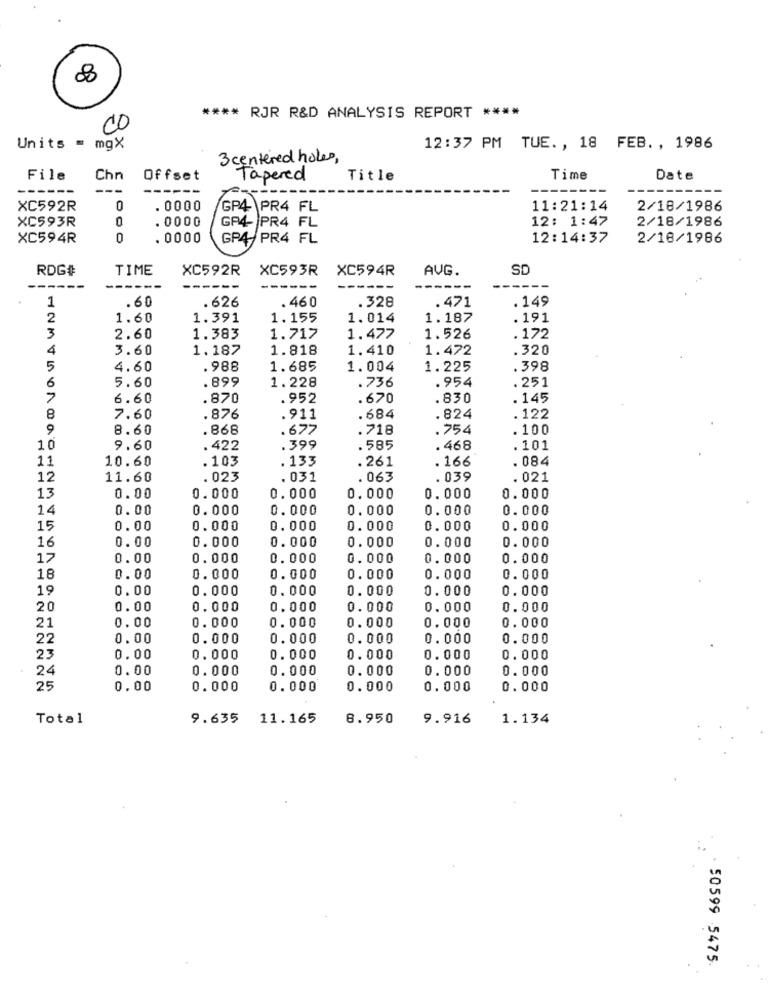
8
**** RJR R&D ANALYSIS REPORT ****
Units = mgX
12:37 PM TUE. , 18 FEB. , 1986
3 centered holes,
File
Chn
Offset
Tapered
Title
Time
Date
------
--
-----
---
XC592R
0
. 0000
GP4 PR4 FL
11:21:14
2/18/1986
XC593R
GP4- PR4 FL
12: 1:47
2/18/1986
. 0000
XC594R
0
. 0000
GP4 PR4 FL
12:14:37
2/18/1986
RDG#
TIME
XC592R
XC593R
XC594R
AVG.
SD
-----
------
------
.60
.626
.460
.328
.471
. 149
1
2
1.60
1.391
1.155
1.014
1.187
.191
3
2.60
1.383
1.717
1.477
1.526
.172
4
3.60
1.187
1.818
1.410
1.472
.320
5
4.60
.988
1.685
1.004
1.225
.398
6
5.60
899
.736
. 954
.251
1.228
6.60
.870
.952
.670
.830
.145
8
7.60
.876
.911
.684
. 824
.122
9
8.60
.868
.677
.718
.754
.100
10
9.60
. 422
.399
585
. 468
. 101
11
10.60
.103
.133
. 261
. 166
. 084
12
11.60
. 023
. 031
. 063
. 039
. 021
13
0.00
0.000
0.000
0.000
0.000
0.000
14
0.00
0.000
0.000
0. 000
0.000
0.000
15
0.00
0.000
0.000
0. 000
0.000
0.000
16
0.00
0.000
0.000
0.000
0.000
0. 000
17
0.00
0.000
0.000
0.000
0.000
0.000
18
0.00
0.000
0.000
0.000
0.000
0.000
19
0.00
0.000
0.000
0. 000
0.000
0.000
20
0.00
0.000
0.000
0.000
0.000
0.000
0.000
0.000
0.000
21
0.00
0.000
0.000
22
0.00
0.000
0.000
0.000
0.000
0.000
23
0.00
0.000
0.000
0.000
0.000
0.000
24
0.00
0.000
0.000
0.000
0.000
0.000
25
0.00
0.000
0.000
0.000
0.000
0.000
Total
9.635
11.165
8.950
9.916
1.134
50599 5475.